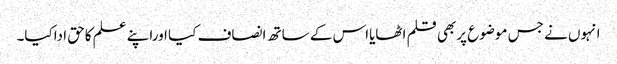
انہوں نے جس موضوع پربھی قلم اٹھایااس کے ساتھ انصاف کیا اوراپنے علم کاحق اداکیا۔